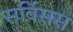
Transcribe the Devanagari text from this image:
सर्विसस